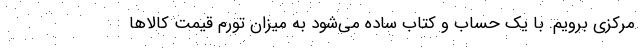
مرکزی برویم. با یک حساب و کتاب ساده می‌شود به میزان تورم قیمت کالاها